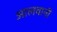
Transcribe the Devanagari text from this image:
आलवानी